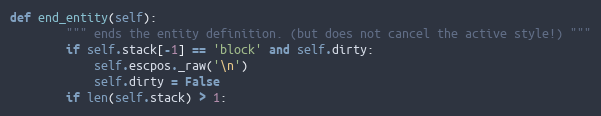
Language: Python
def end_entity(self):
        """ ends the entity definition. (but does not cancel the active style!) """
        if self.stack[-1] == 'block' and self.dirty:
            self.escpos._raw('\n')
            self.dirty = False
        if len(self.stack) > 1: